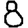
Digit: 8